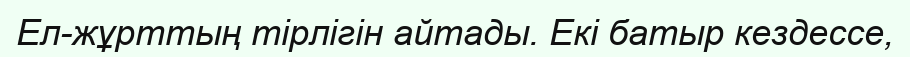
Ел-жұрттың тірлігін айтады. Екі батыр кездессе,